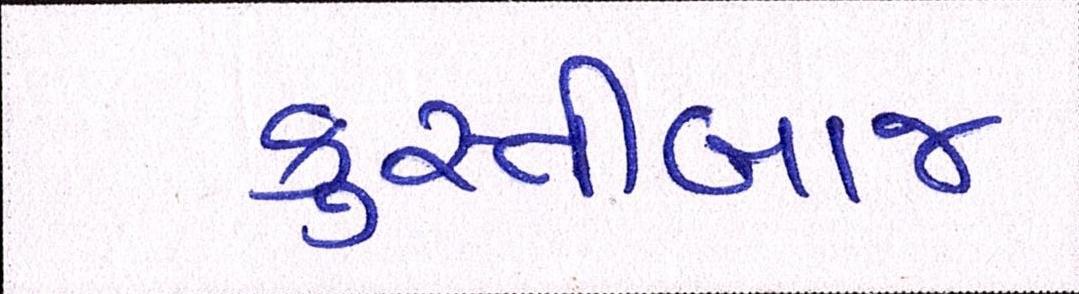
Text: કુસ્તીબાજ